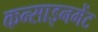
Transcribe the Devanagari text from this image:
कन्साइनमेंट